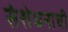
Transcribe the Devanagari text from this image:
संशेधनाची